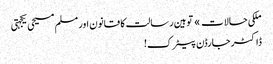
ملکی حالات » توہین رسالت کا قانون اور مسلم مسیحی یکجہتی
ڈاکٹر جارڈن پیٹرک!